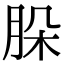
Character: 𦚩